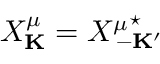
X _ { \bf K } ^ { \mu } = { X ^ { \mu } } _ { \! \! \! \! - { \bf K } ^ { \prime } } ^ { \star }